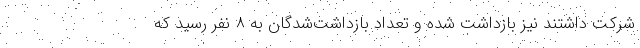
شرکت داشتند نیز بازداشت شده و تعداد بازداشت‌شدگان به ۸ نفر رسید که